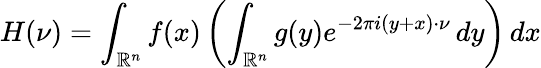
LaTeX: H(\nu)=\int_{\mathbb{R}^{n}}f(x)\left(\int_{\mathbb{R}^{n}}g(y)e^{-2\pi i(y+x)\cdot\nu}\, dy\right)\, dx